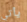
يأتي